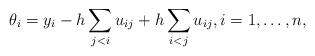
\begin{gather*}\theta_i = y_i - h \sum_{j < i} u_{ij} + h \sum_{i < j} u_{ij}, i=1,\ldots,n,\end{gather*}